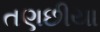
તણછીયા